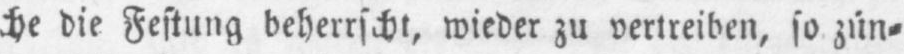
che die Festung beherrscht, wieder zu vertreiben, so zün⸗